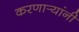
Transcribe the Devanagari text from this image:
करणार्‍यांनी